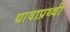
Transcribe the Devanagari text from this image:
द्यावाप्रथ्वी